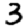
Digit: 3